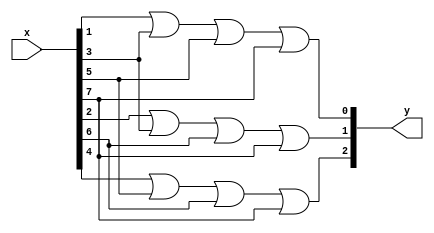
module encoder(y, x);
    input [7:0] x;
    output [2:0] y;
    or(y[0], x[1], x[3], x[5], x[7]);
    or(y[1], x[2], x[3], x[6], x[7]);
    or(y[2], x[4], x[5], x[6], x[7]);
endmodule

module encoder_stimulus;
    reg [7:0] x;
    wire [2:0] y;
    encoder en1(y, x);
    initial
    begin
         x = 8'b00000001;
    #100 x = 8'b00000010;
    #100 x = 8'b00000100;
    #100 x = 8'b00001000;
    #100 x = 8'b00010000;
    #100 x = 8'b00100000;
    #100 x = 8'b01000000;
    #100 x = 8'b10000000;
    #200 $finish;
    end
endmodule